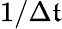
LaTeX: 1/\Delta\mathfrak{t}